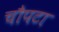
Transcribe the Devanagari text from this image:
चौपटा